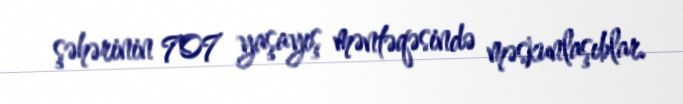
şəhərinin 707 yaşayış məntəqəsində məskunlaşıblar.